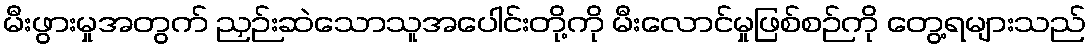
မီးဖွားမှုအတွက် ညှဉ်းဆဲသောသူအပေါင်းတို့ကို မီးလောင်မှုဖြစ်စဉ်ကို တွေ့ရများသည်